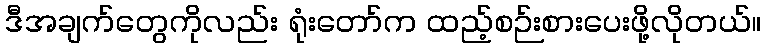
ဒီအချက်တွေကိုလည်း ရုံးတော်က ထည့်စဉ်းစားပေးဖို့လိုတယ်။